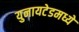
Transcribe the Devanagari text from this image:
युनायटेडमध्ये